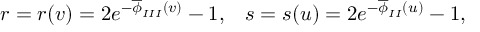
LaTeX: r = r ( v ) = 2 e ^ { - \overline { { { \phi } } } _ { I I I } ( v ) } - 1 , \; \; \; s = s ( u ) = 2 e ^ { - \overline { { { \phi } } } _ { I I } ( u ) } - 1 , \; \;